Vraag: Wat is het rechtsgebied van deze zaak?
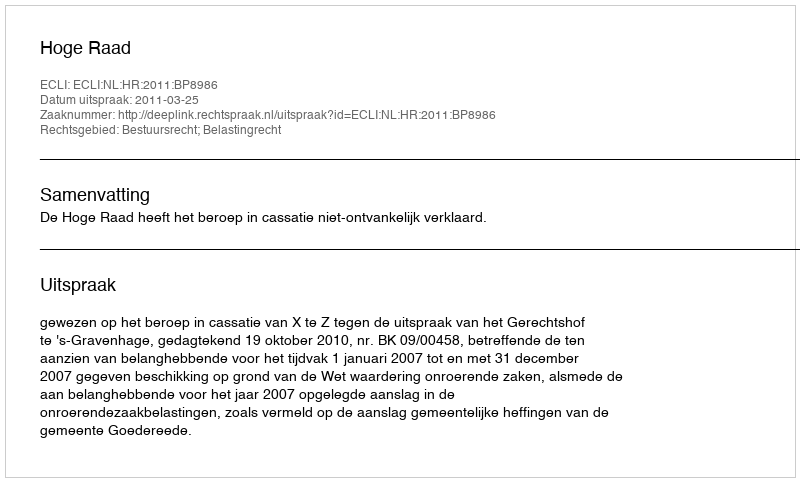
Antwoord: Bestuursrecht; Belastingrecht